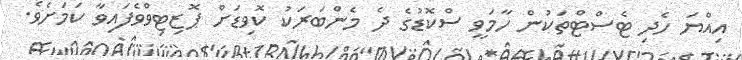
އިއްޔަ ހެދި ޓެސްޓްތަކުން ހާމަވީ ސްކޮޑުގެ ދެ މެންބަރަކު ކޮވިޑަށް ޕޮޒިޓިވްވެފައިވާ ކަމަށެވެ.